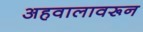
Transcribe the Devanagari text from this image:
अहवालावरून